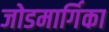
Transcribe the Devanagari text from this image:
जोडमार्गिका